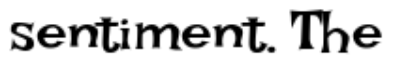
sentiment. The